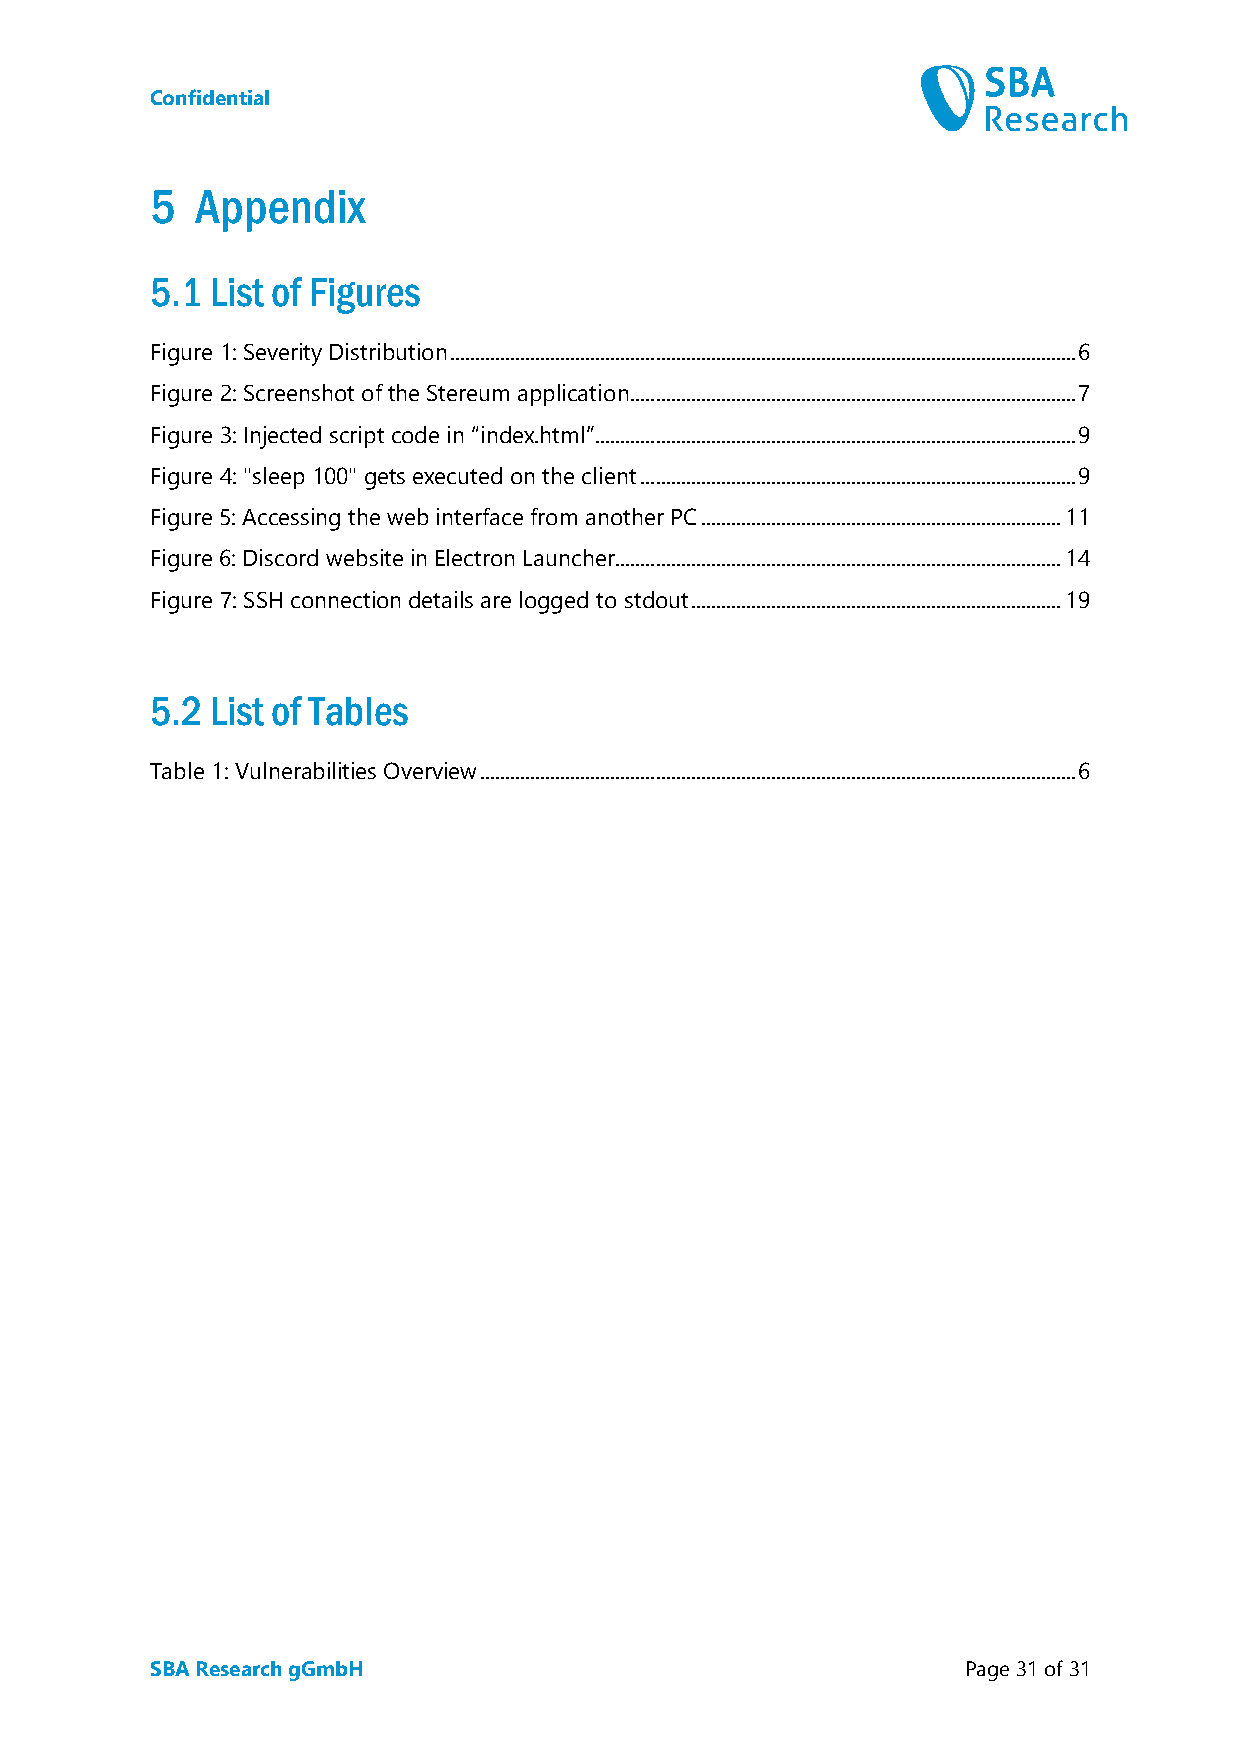
Confidential
 5  Appendix
 5.1 List of Figures
 Figure 1: Severity Distribution ............................................................................................................................. 6
 Figure 2: Screenshot of the Stereum application ......................................................................................... 7
 Figure 3: Injected script code in “index.html” ................................................................................................ 9
 Figure 4: "sleep 100" gets executed on the client ....................................................................................... 9
 Figure 5: Accessing the web interface from another PC ........................................................................ 11
 Figure 6: Discord website in Electron Launcher ......................................................................................... 14
 Figure 7: SSH connection details are logged to stdout .......................................................................... 19
 5.2 List of Tables
 Table 1: Vulnerabilities Overview ....................................................................................................................... 6
 SBA Research gGmbH                                    Page 31 of 31